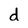
Character: d